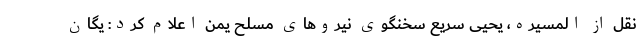
نقل از المسیره، یحیی سریع سخنگوی نیروهای مسلح یمن اعلام کرد: یگان